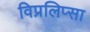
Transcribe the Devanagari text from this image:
विप्रलिप्सा